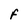
Character: f